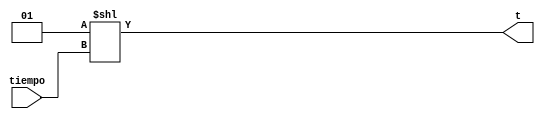
module decodificador(input wire [2:0] tiempo, output wire [7:0] t);
assign t=1<<tiempo;
endmodule